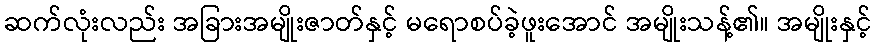
ဆက်လုံးလည်း အခြားအမျိုးဇာတ်နှင့် မရောစပ်ခဲ့ဖူးအောင် အမျိုးသန့်၏။ အမျိုးနှင့်